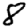
Digit: 8